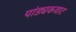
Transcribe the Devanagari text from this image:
पांड्यकवाट